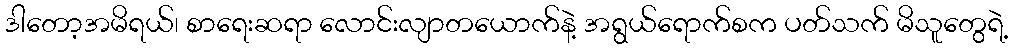
ဒါတော့အမိရယ်၊ စာရေးဆရာ လောင်းလျာတယောက်နဲ့ အရွယ်ရောက်စက ပတ်သက် မိသူတွေရဲ့